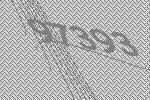
97393